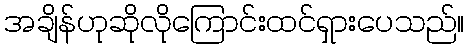
အချိန်ဟုဆိုလိုကြောင်းထင်ရှားပေသည်။